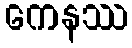
ကေနဿ